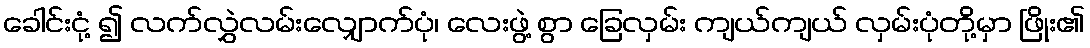
ခေါင်းငုံ့ ၍ လက်လွှဲလမ်းလျှောက်ပုံ၊ လေးဖွဲ့ စွာ ခြေလှမ်း ကျယ်ကျယ် လှမ်းပုံတို့မှာ ဖြိုး၏